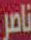
ناصر